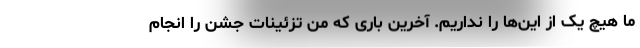
ما هیچ یک از این‌ها را نداریم. آخرین باری که من تزئینات جشن را انجام